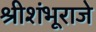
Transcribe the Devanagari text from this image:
श्रीशंभूराजे